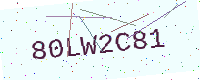
Text: 80LW2C81